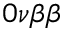
0 \nu \beta \beta